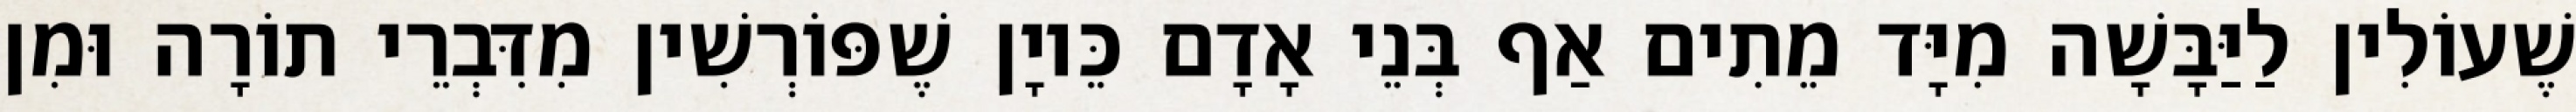
שֶׁעוֹלִין לַיַּבָּשָׁה מִיָּד מֵתִים אַף בְּנֵי אָדָם כֵּיוָן שֶׁפּוֹרְשִׁין מִדִּבְרֵי תוֹרָה וּמִן